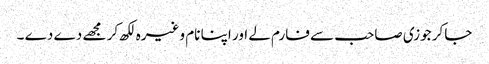
جاکر جوزی صاحب سے فارم لے اور اپنا نام وغیرہ لکھ کر مجھے دے دے ۔